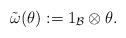
LaTeX: \begin{align*} \tilde{\omega} (\theta) := 1_{\mathcal{B}} \otimes \theta. \end{align*}